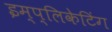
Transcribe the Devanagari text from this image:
इम्प्लिकेटिंग